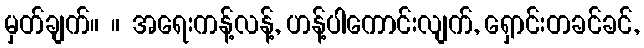
မှတ်ချက်။ ။ အရေးကန့်လန့်, ဟန့်ပါကောင်းလျက်, ရှောင်းတခင်ခင်,